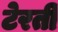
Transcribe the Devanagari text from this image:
टेरती